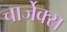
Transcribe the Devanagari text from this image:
चार्जेक्स